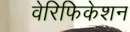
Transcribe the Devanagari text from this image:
वेरिफिकेशन